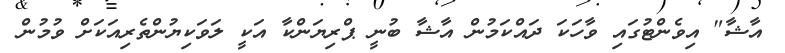
އާޝާ" އިވެންޓުގައި ވާހަކަ ދައްކަމުން އާޝާ ބުނީ ޕްރިޔަންކާ އަކީ ލަވަކިޔުންތެރިއަކަށް ވުމުން